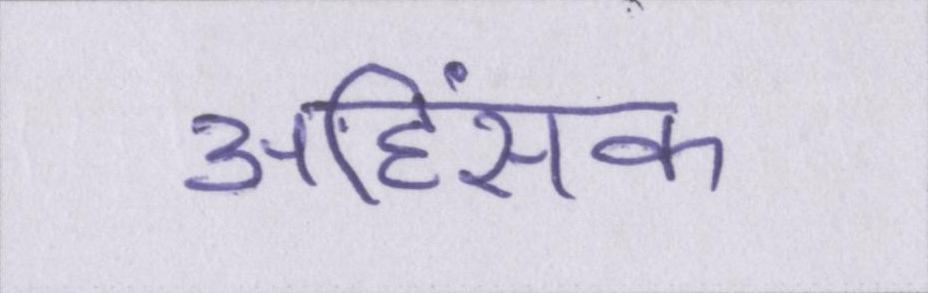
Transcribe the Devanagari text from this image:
अहिंसक